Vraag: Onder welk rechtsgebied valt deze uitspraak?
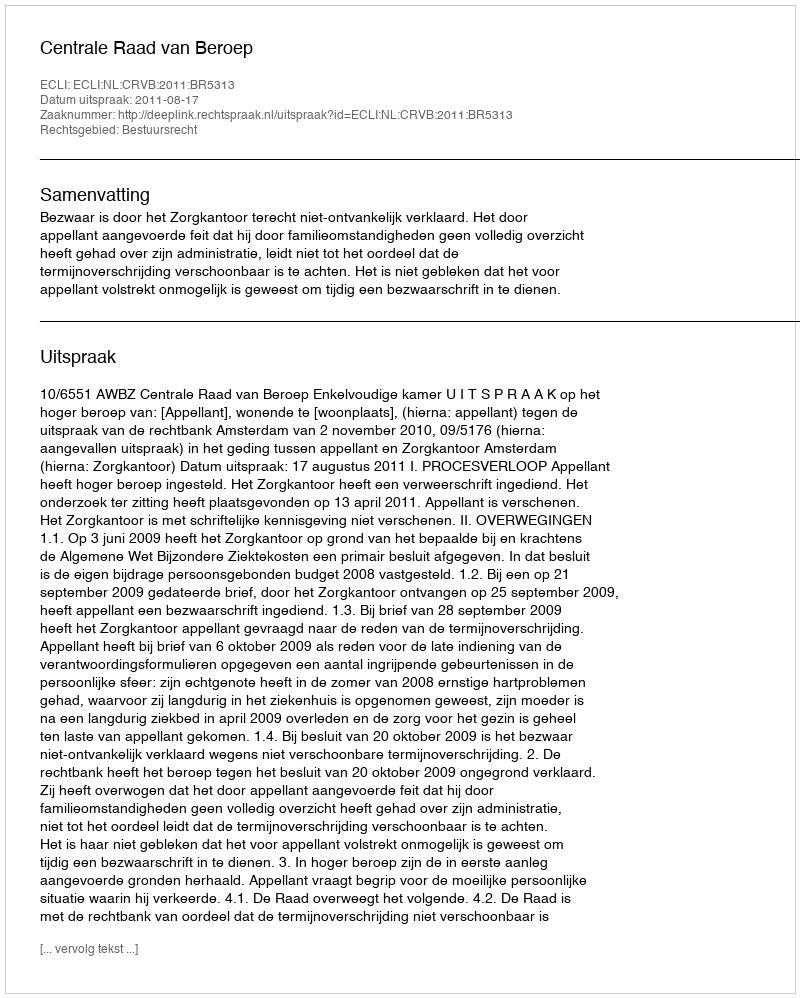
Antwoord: Bestuursrecht